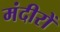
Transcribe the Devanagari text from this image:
मंदीरों